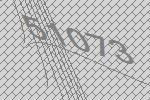
51073